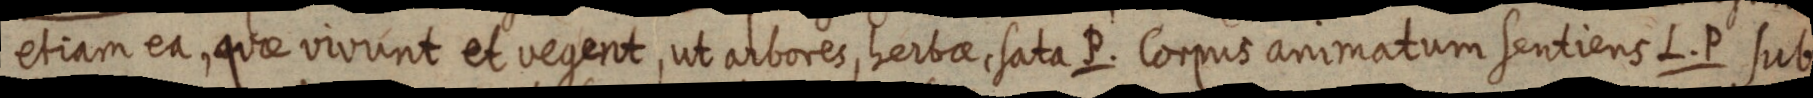
etiam ea, quae vivunt et vegent, ut arbores, herbae, sata P. Corpus animatum sentiens L. P sub